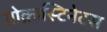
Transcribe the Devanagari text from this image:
प्रोक्रास्टिनेटस